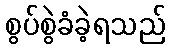
စွပ်စွဲခံခဲ့ရသည်